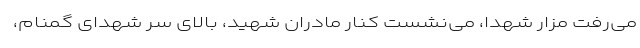
می‌رفت مزار شهدا، می‌نشست کنار مادران شهید، بالای سر شهدای گمنام،